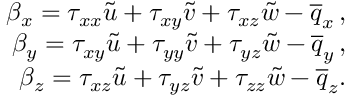
\begin{array} { r } { \beta _ { x } = { \tau } _ { x x } \tilde { u } + { \tau } _ { x y } \tilde { v } + { \tau } _ { x z } \tilde { w } - \overline { { q } } _ { x } \, \mathrm { , } } \\ { \beta _ { y } = { \tau } _ { x y } \tilde { u } + { \tau } _ { y y } \tilde { v } + { \tau } _ { y z } \tilde { w } - \overline { { q } } _ { y } \, \mathrm { , } } \\ { \beta _ { z } = { \tau } _ { x z } \tilde { u } + { \tau } _ { y z } \tilde { v } + { \tau } _ { z z } \tilde { w } - \overline { { q } } _ { z } \mathrm { . } } \end{array}